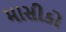
માસીકો